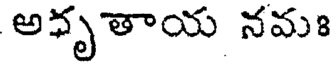
అధృతాయ నమః